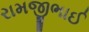
રામજીભાઈ